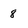
Character: 8